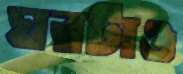
ঘরটাও